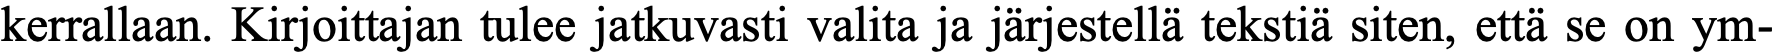
kerrallaan. Kirjoittajan tulee jatkuvasti valita ja järjestellä tekstiä siten, että se on ym-